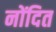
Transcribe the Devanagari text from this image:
नोंदित